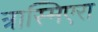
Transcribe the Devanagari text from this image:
त्रास्मिएरा